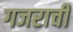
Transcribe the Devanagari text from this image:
गजराची